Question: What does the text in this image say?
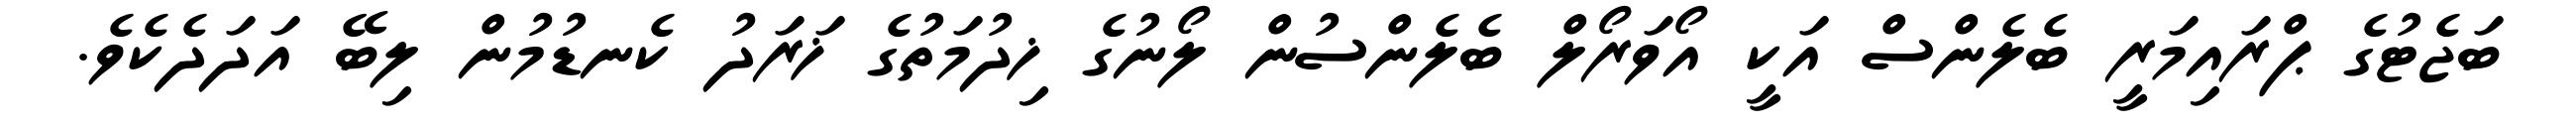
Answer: ބަޖެޓުގެ ޕްރައިމަރީ ބެލެންސް އަކީ އޯވަރޯލް ބެލެންސުން ލޯނުގެ ޚިދުމަތުގެ ޚަރަދު ކެނޑުމުން ލިބޭ އަދަދެކެވެ.